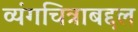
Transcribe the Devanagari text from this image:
व्यंगचित्राबद्दल